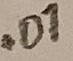
Text: .01